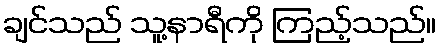
ချင်သည် သူ့နာရီကို ကြည့်သည်။